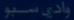
وادي-مسيو